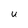
Character: U